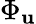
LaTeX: \Phi_{\mathbf{u}}